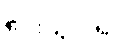
ပေးသွင်း၍